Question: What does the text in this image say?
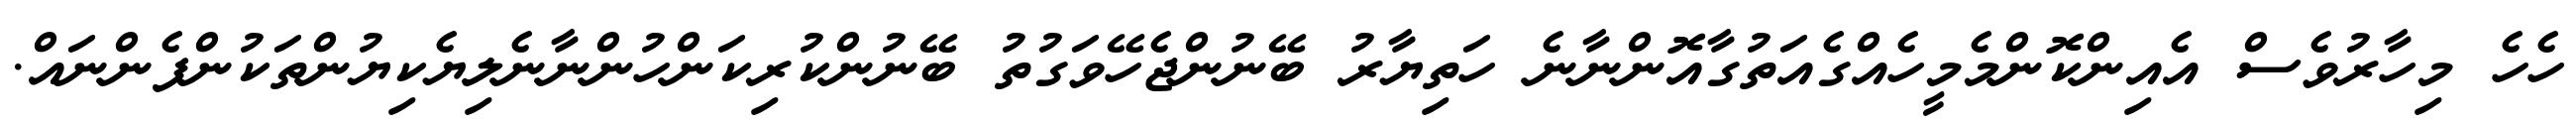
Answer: ހެހެ މިހާރުވެސް އެއިންކޮންމެމީހެއްގެއަތުގާއޮންނާނެ ހަތިޔާރު ބޭނުންޖެހޭވަގުތު ބޭނުންކުރިކަންހުންނާނެލިޔެކިޔުންތަކުންފެންނައް.